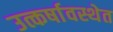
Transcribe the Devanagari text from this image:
उत्कर्षावस्थेत